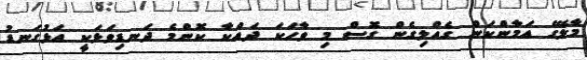
މާލޭގެ އަމާންކަން ގެއްލިގެން ގޮސް މި ވާހަކަ ދައްކާ ކޮންމެ ދަނޑިވަޅަކީ އަޅުގަނޑު